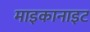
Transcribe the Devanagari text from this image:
माइकानाइट